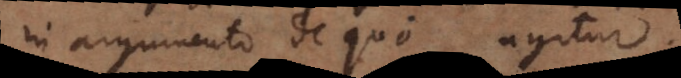
in argumento de quo agitur.